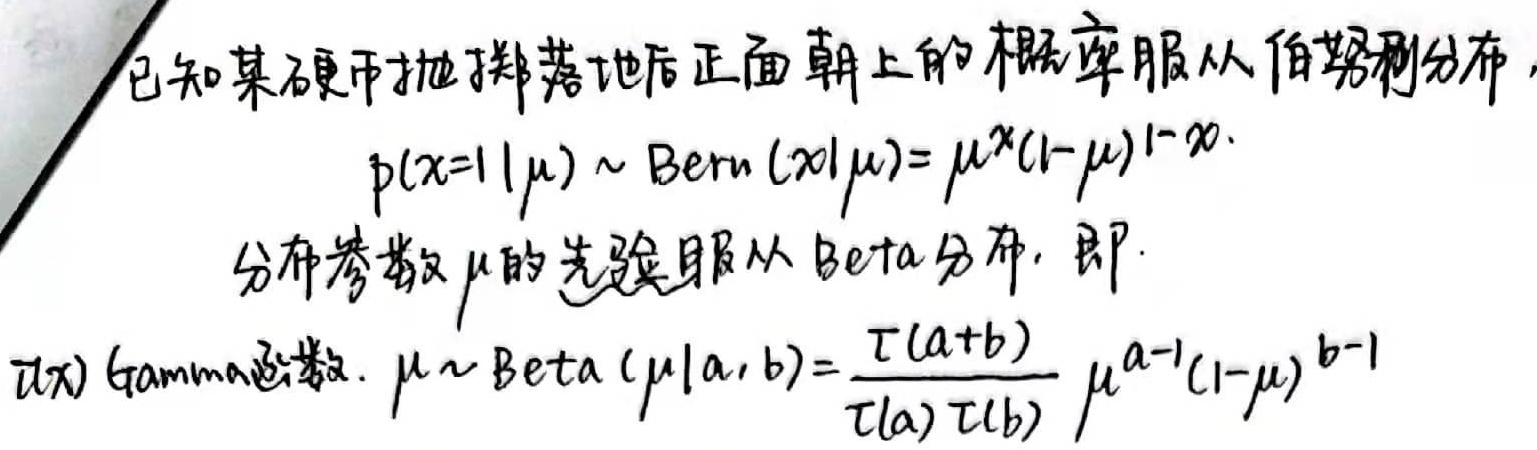
已知某硬币抛掷落地后正面朝上的概率服从伯努利分布，
\[p(x = 1|\mu)\sim Bern(x|\mu)=\mu^{x}(1 - \mu)^{1 - x}\]
分布参数\(\mu\)的先验服从Beta分布，其中\(\Gamma(x)\)是Gamma函数，
\(\mu\sim Beta(\mu|a,b)=\frac{\Gamma(a + b)}{\Gamma(a)\Gamma(b)}\mu^{a - 1}(1 - \mu)^{b - 1}\)